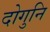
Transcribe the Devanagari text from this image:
दोगुनि